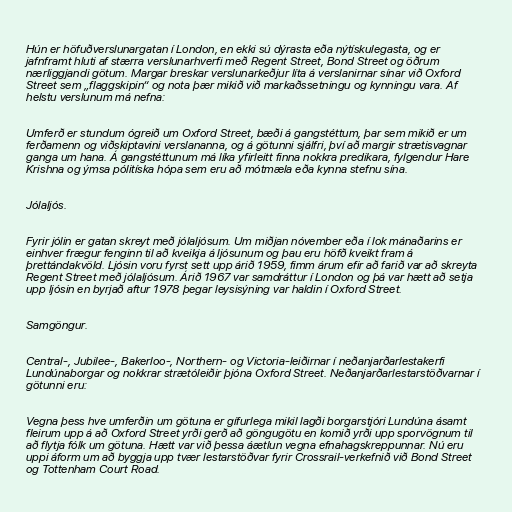
Hún er höfuðverslunargatan í London, en ekki sú dýrasta eða nýtískulegasta, og er
jafnframt hluti af stærra verslunarhverfi með Regent Street, Bond Street og öðrum
nærliggjandi götum. Margar breskar verslunarkeðjur líta á verslanirnar sínar við Oxford
Street sem „flaggskipin“ og nota þær mikið við markaðssetningu og kynningu vara. Af
helstu verslunum má nefna:

Umferð er stundum ógreið um Oxford Street, bæði á gangstéttum, þar sem mikið er um
ferðamenn og viðskiptavini verslananna, og á götunni sjálfri, því að margir strætisvagnar
ganga um hana. Á gangstéttunum má líka yfirleitt finna nokkra predikara, fylgendur Hare
Krishna og ýmsa pólitíska hópa sem eru að mótmæla eða kynna stefnu sína.

Jólaljós.

Fyrir jólin er gatan skreyt með jólaljósum. Um miðjan nóvember eða í lok mánaðarins er
einhver frægur fenginn til að kveikja á ljósunum og þau eru höfð kveikt fram á
þrettándakvöld. Ljósin voru fyrst sett upp árið 1959, fimm árum efir að farið var að skreyta
Regent Street með jólaljósum. Árið 1967 var samdráttur í London og þá var hætt að setja
upp ljósin en byrjað aftur 1978 þegar leysisýning var haldin í Oxford Street.

Samgöngur.

Central-, Jubilee-, Bakerloo-, Northern- og Victoria-leiðirnar í neðanjarðarlestakerfi
Lundúnaborgar og nokkrar strætóleiðir þjóna Oxford Street. Neðanjarðarlestarstöðvarnar í
götunni eru:

Vegna þess hve umferðin um götuna er gífurlega mikil lagði borgarstjóri Lundúna ásamt
fleirum upp á að Oxford Street yrði gerð að göngugötu en komið yrði upp sporvögnum til
að flytja fólk um götuna. Hætt var við þessa áætlun vegna efnahagskreppunnar. Nú eru
uppi áform um að byggja upp tvær lestarstöðvar fyrir Crossrail-verkefnið við Bond Street
og Tottenham Court Road.